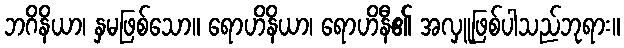
ဘဂိနိယာ၊ နှမဖြစ်သော။ ရောဟိနိယာ၊ ရောဟိနီ၏ အလှူဖြစ်ပါသည်ဘုရား။